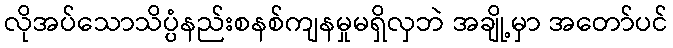
လိုအပ်သောသိပ္ပံနည်းစနစ်ကျနမှုမရှိလှဘဲ အချို့မှာ အတော်ပင်